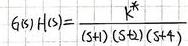
$6(8) H(s)=\frac{K^{*}}{(s+1)(s+2)(s+4)}$